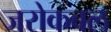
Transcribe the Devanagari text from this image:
जरोकबल